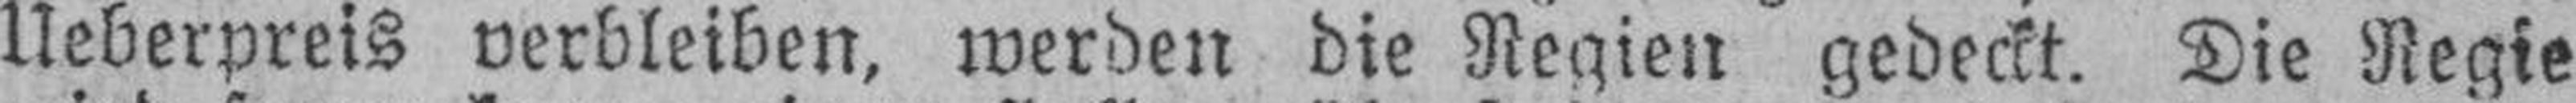
Ueberpreis verbleiben, werden die Regien gedeckt. Die Regie